Civil Veterinary Dept. Assam report 1927-50 - 1927-1950
Year: 1927
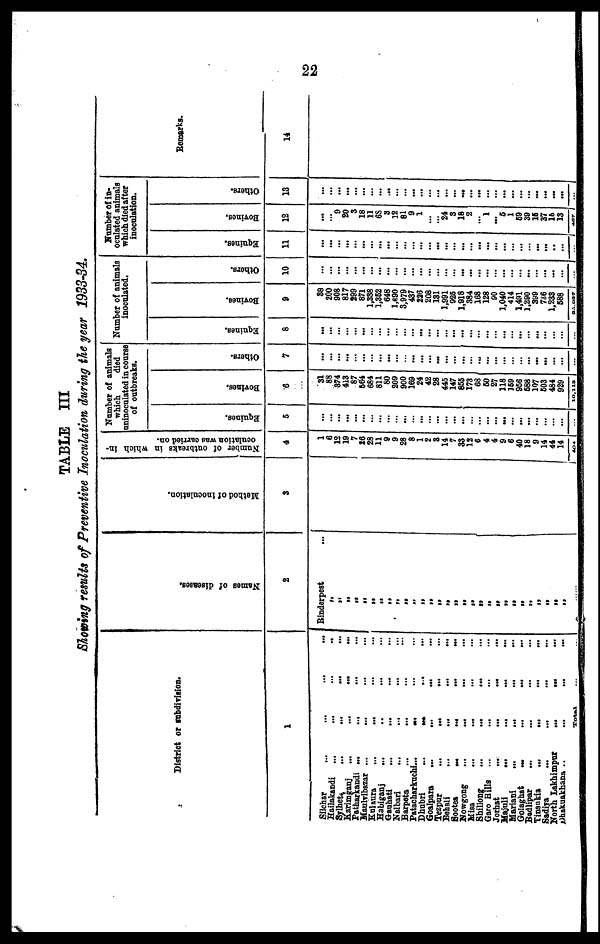
22
TABLE III
Showing results of Preventive Inoculation during the year 1933-34.
District or subdivision.
1
Silchar ... ... ... ...
Hailakandi
...
...
...
...
Sylhet ... ... ... ...
Karimganj
...
...
...
...
Patharkandi ... ... ... ...
Maulvibazar ... ... ... ...
Kulaura
...
... ... ...
Habiganj
... ... ... ...
Gauhati ... ... ... ...
Nalbari ... ... ... ...
Barpeta ... ... ... ...
Patacharkuchl ... ... ... ...
Dhubri
... ... ... ...
Goalpara
...
...
...
...
Tezpur
...
... ... ...
Behali ... ... ... ...
Sootea
...
...
...
...
Nowgong
...
... ... ...
Misa ... ... ... ...
Shillong
...
...
... ...
Garo Hills ... ... ... ...
Jorhat
...
...
... ...
Majuli
...
...
...
...
Mariani
...
...
... ...
Golaghat
...
...
... ...
Badlipar ... ... ... ...
Tinsukia
...
... ... ...
Sadiya
...
... ... ...
North Lakhimpur
... ... ...
Dhakuakhana ..
...
...
...
Total ... ...
Names of diseases.
2
Rinderpest ...
„
„
„
„
„
„
„
„
„
„
„
„
„
„
„
„
„
„
„
„
„
„
„
„
„
„
„
„
„
Method of inoculation.
3
Number of outbreaks in which in-
oculation was carried on.
4
1
6
12
19
7
26
28
11
9
9
28
8
1
2
3
14
7
33
12
6
4
4
9
6
40
18
9
14
44
14
404
Number of animals
which
died
uninoculated in course
of outbreaks.
Equines.
5
...
...
...
...
...
...
...
...
...
...
...
...
...
...
...
...
...
...
...
...
...
...
...
...
...
...
...
...
...
...
...
Bovines.
6
31
88
374
413
87
564
684
811
80
209
900
169
24
42
28
445
147
855
173
68
50
27
118
159
956
588
107
503
484
929
10,113
Others.
7
...
...
...
...
...
...
...
...
...
...
...
...
...
...
...
...
...
...
...
...
...
...
...
...
...
...
...
...
...
...
...
Number of animals
inoculated.
Equines.
8
...
...
...
...
...
...
...
...
...
...
...
...
...
...
...
...
...
...
...
...
...
...
...
...
...
...
...
...
...
...
...
Bovines.
9
38
200
908
817
299
871
1,338
1,352
648
1,690
3,979
437
226
208
131
1,991
925
1,918
384
168
128
90
1,040
414
1,491
1,290
399
736
1,233
588
23,037
Others.
10
...
...
...
...
...
...
...
...
...
...
...
...
...
...
...
...
...
...
...
...
...
...
...
...
...
...
...
...
...
...
...
Number of in-
oculated animals
which died after
inoculation.
Equines.
11
...
...
...
...
...
...
...
...
...
...
...
...
...
...
...
...
...
...
...
...
...
...
...
...
...
...
...
...
...
...
...
Bovines.
12
...
...
9
20
3
18
11
68
3
12
81
9
1
...
...
24
3
18
2
...
1
... 5
1
59
39
15
37
15
13
467
Others.
13
...
...
...
...
...
...
...
...
...
...
...
...
...
...
...
...
...
...
...
...
...
...
...
...
...
...
...
...
...
...
...
Remarks.
14